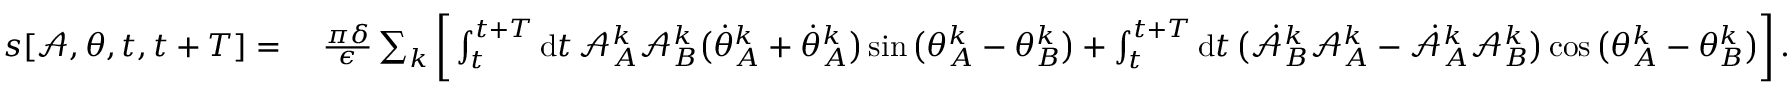
\begin{array} { r l } { s [ \mathcal { A } , \theta , t , t + T ] = ~ } & { \frac { \pi \delta } { \epsilon } \sum _ { k } \bigg [ \int _ { t } ^ { t + T } \mathrm { d } t \, \mathcal { A } _ { A } ^ { k } \mathcal { A } _ { B } ^ { k } \big ( \dot { \theta } _ { A } ^ { k } + \dot { \theta } _ { A } ^ { k } \big ) \sin \big ( \theta _ { A } ^ { k } - \theta _ { B } ^ { k } \big ) + \int _ { t } ^ { t + T } \mathrm { d } t \, \big ( \dot { \mathcal { A } } _ { B } ^ { k } \mathcal { A } _ { A } ^ { k } - \dot { \mathcal { A } } _ { A } ^ { k } \mathcal { A } _ { B } ^ { k } \big ) \cos \big ( \theta _ { A } ^ { k } - \theta _ { B } ^ { k } \big ) \bigg ] \, . } \end{array}